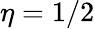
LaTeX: \eta=1/2